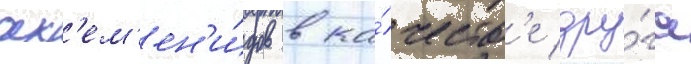
ах'ем'ен'и́дов в ка́честв'е дру́га